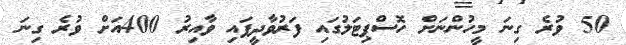
50 ވުރެ ގިނަ މީހުންނަށް ހޮސްޕިޓަލުގައި ފަރުވާދީފައި ވާއިރު 400އަށް ވުރެ ގިނަ